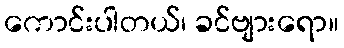
ကောင်းပါတယ်၊ ခင်ဗျားရော။